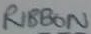
Text: RIBBON